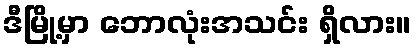
ဒီမြို့မှာ ဘောလုံးအသင်း ရှိလား။